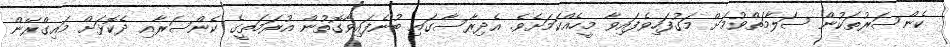
ކެންސަރުތަކުން ސަލާމަތްވުމަށް މަގުފަހިވެފައިވާ މީހެއްކަމަށެވެ. އެދިރާސާގައި ބުނެފައިވާގޮތުން އުރަމަތީގެ ކެންސަރާއި ދެކޮޅަށް މައިގްރޭން